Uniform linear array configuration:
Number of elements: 24
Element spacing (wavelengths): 0.25
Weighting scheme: hamming
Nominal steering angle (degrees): -45
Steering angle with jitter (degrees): -46.322
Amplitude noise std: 0.05
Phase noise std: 0.05

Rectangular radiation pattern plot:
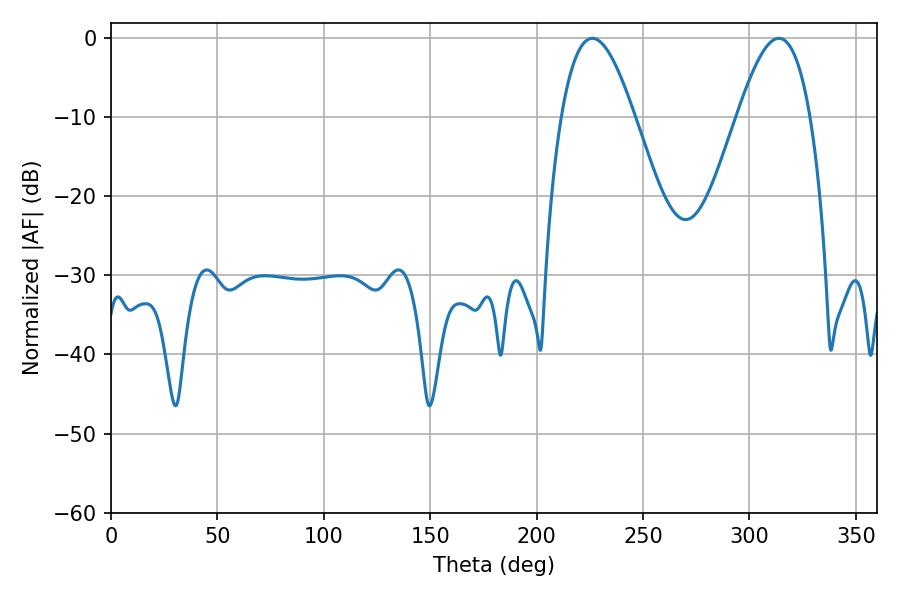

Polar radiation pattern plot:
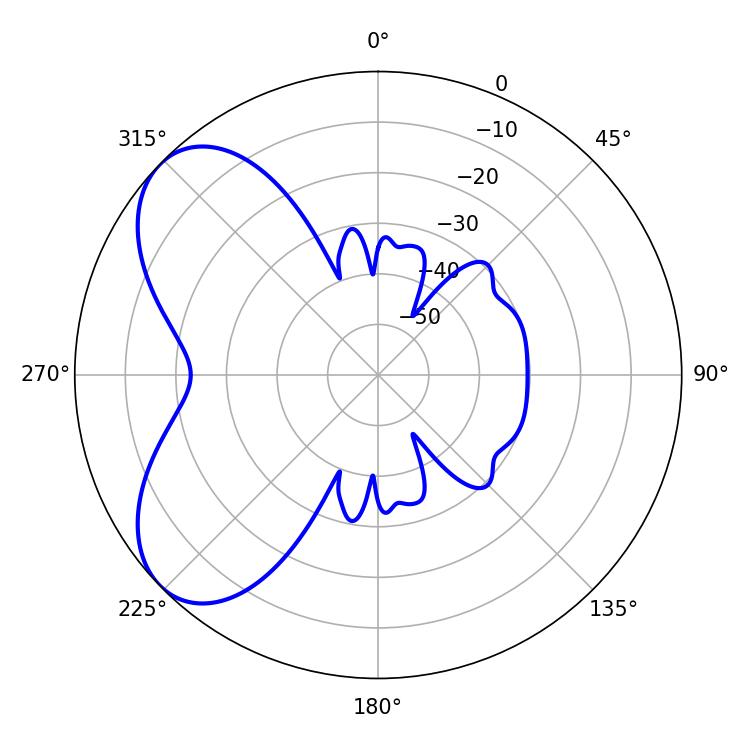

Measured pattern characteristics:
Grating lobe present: FALSE
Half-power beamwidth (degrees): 18.72
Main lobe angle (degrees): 313.74